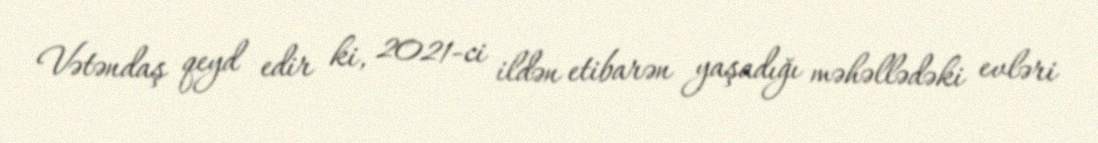
Vətəndaş qeyd edir ki, 2021-ci ildən etibarən yaşadığı məhəllədəki evləri